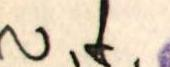
v.t.